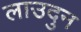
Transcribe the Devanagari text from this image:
लाउदुन